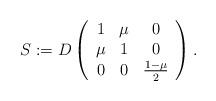
LaTeX: \begin{align*}S := D \left(\begin{array}{ccc}1 & \mu & 0 \\\mu & 1 & 0 \\0 & 0 & \tfrac{1 - \mu}{2}\end{array}\right).\end{align*}